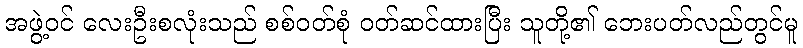
အဖွဲ့ဝင် လေးဦးစလုံးသည် စစ်ဝတ်စုံ ဝတ်ဆင်ထားပြီး သူတို့၏ ဘေးပတ်လည်တွင်မူ